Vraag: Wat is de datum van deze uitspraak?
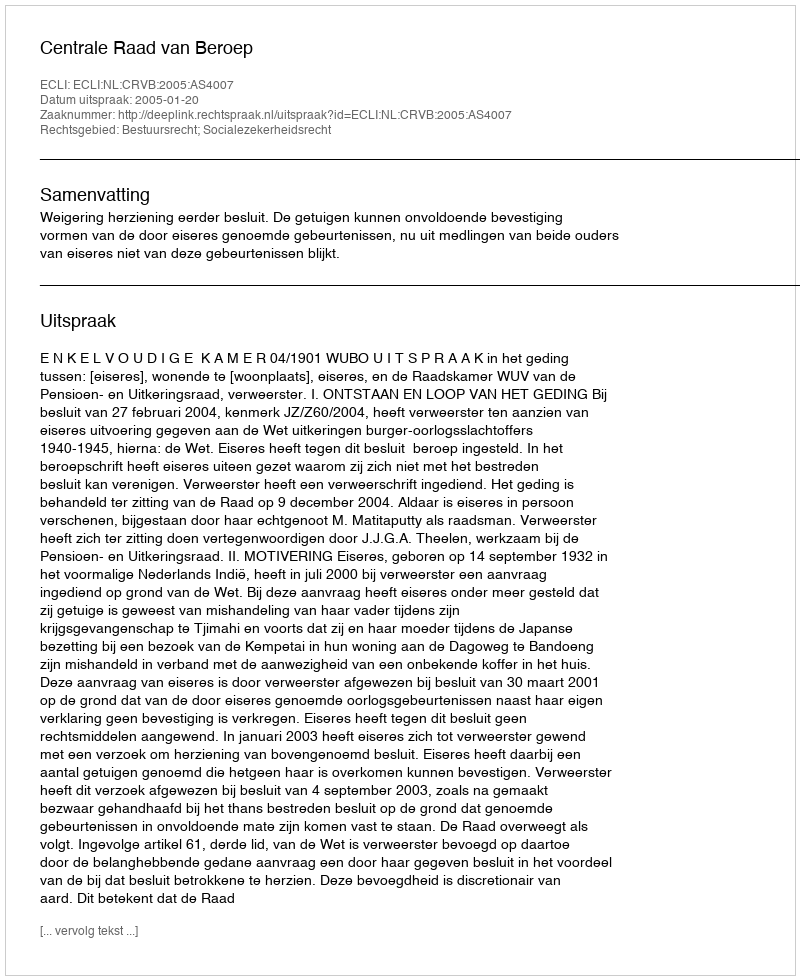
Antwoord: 2005-01-20